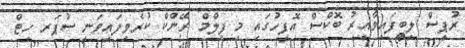
ރުޕީސް ލިބިފައިވާއިރު ބޮކްސް އޮފީހުގައި މި ފިލްމް ރޭންކް ކުރެވިފައިވަނީ ސުޕަރ ހިޓް